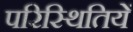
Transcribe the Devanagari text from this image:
परिस्थितियें